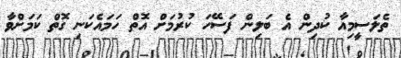
ތެލަސީމިއާ ކުދިން އެ ބަލިން ފަސޭހަ ކުރުމަށް އޮތް ހަމައެކަނި ގޮތް ކަމަށްވާ